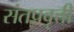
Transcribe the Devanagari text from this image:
संतप्रवृत्ती